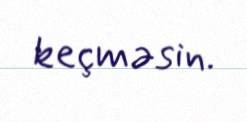
keçməsin.